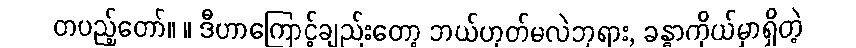
တပည့်တော်။ ။ ဒီဟာကြောင့်ချည်းတော့ ဘယ်ဟုတ်မလဲဘုရား, ခန္ဓာကိုယ်မှာရှိတဲ့